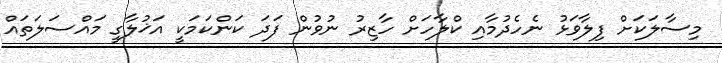
މިސާލަކަށް ފިލާވަޅު ނެހެދުމާއި ކްލާހަށް ހާޒިރު ނުވުން ފަދަ ކަންކަމަކީ އަޚުލާގީ މައްސަލަތައް